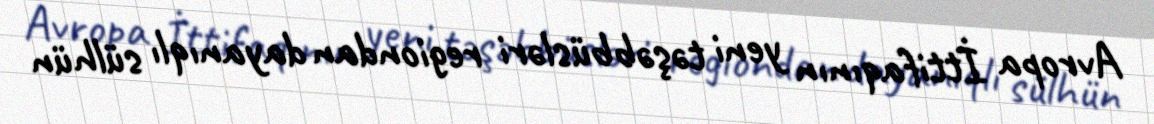
Avropa İttifaqının yeni təşəbbüsləri regiondan dayanıqlı sülhün